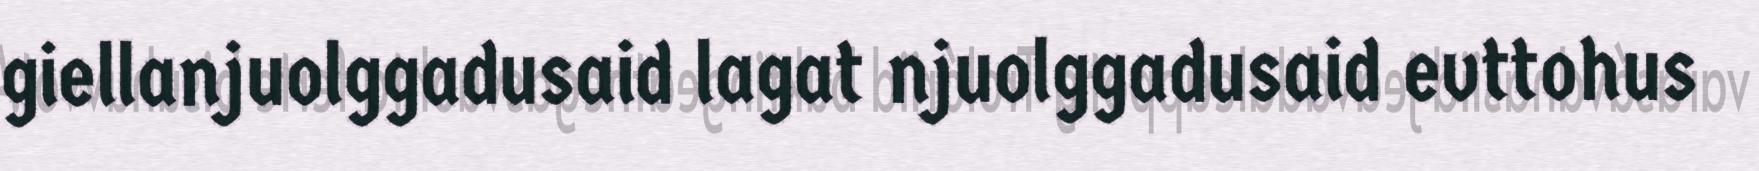
giellanjuolggadusaid lagat njuolggadusaid evttohus